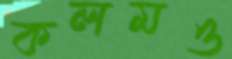
কলমও